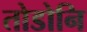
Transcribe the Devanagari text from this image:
तोडोनि